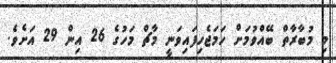
މި މުބާރާތް ބޭއްވުމަށް ހަމަޖެހިފައިވަނީ މާޗް މަހުގެ 26 އިން 29 އަށެެވެ.